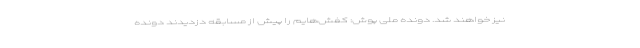
نیز خواهند شد. دونده ملی پوش: کفش‌هایم را پیش از مسابقه دزدیدند دونده